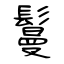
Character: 鬘